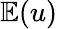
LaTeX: \mathbb{E}(u)